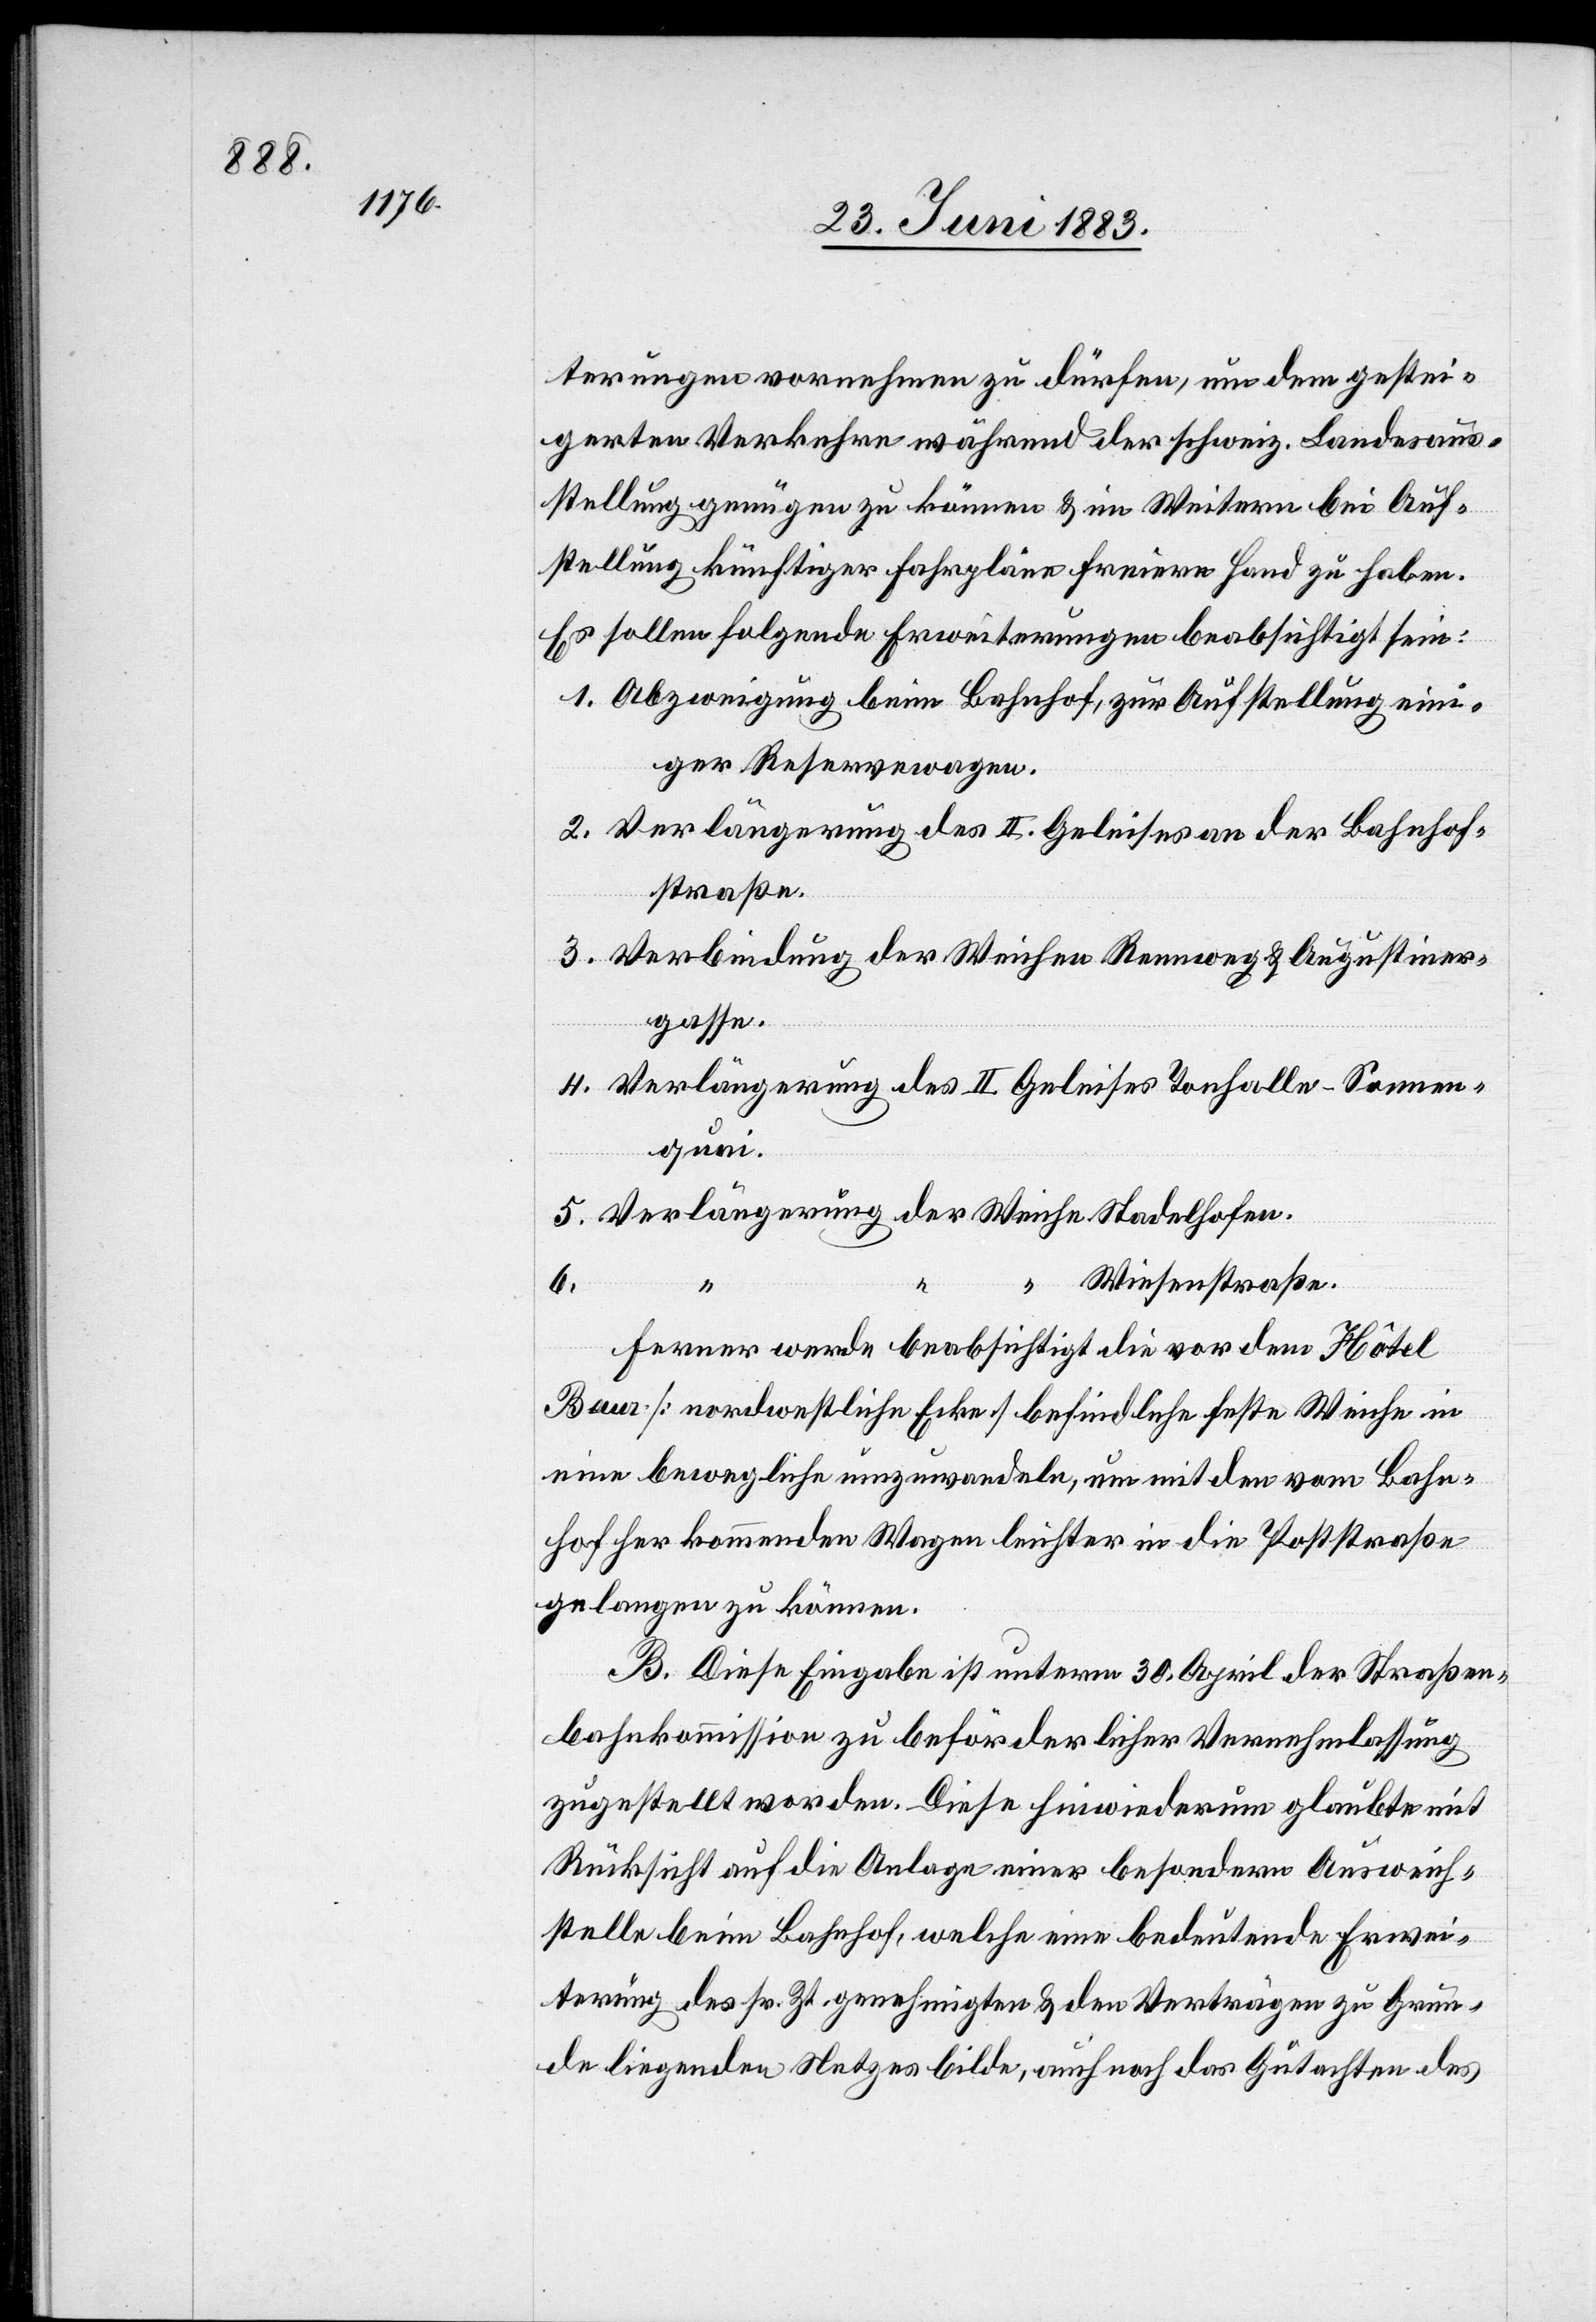
terungen vornehmen zu dürfen, um dem gestei¬
gerten Verkehre während der schweiz. Landesaus¬
stellung genügen zu können & im Weitern bei Auf¬
stellung künftiger Fahrpläne freiere Hand zu haben.
Es sollen folgende Erweiterungen beabsichtigt sein:
1. Abzweigung beim Bahnhof, zur Aufstellung ein¬
iger Reservewagen.
2. Verlängerung des II. Geleises an der Bahnhof¬
straße.
3. Verbindung der Weichen Rennweg & Augustiner¬
gasse.
4. Verlängerung des II. Geleises Tonhalle–Sonnen¬
quai
5. Verlängerung der Weiche Stadelhofen.
Wiesenstraße.
Ferner werde beabsichtigt die vor dem Hôtel
Baur [nordwestliche Ecke] befindliche feste Weiche in
eine bewegliche umzuwandeln, um mit den vom Bahn¬
hof her kommenden Wagen leichter in die Poststraße
gelangen zu können.
B. Diese Eingabe ist unterm 30. April der Straßen¬
bahnkommission zu beförderlicher Vernehmlassung
zugestellt worden. Diese hiewiederum glaubte mit
Rücksicht auf die Anlage einer besondern Ausweich¬
stelle beim Bahnhof, welche eine bedeutende Erwei¬
terung des sr. Zt. genehmigten & den Verträgen zu Grun¬
de liegenden Netzes bilde, auch noch das Gutachten des